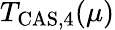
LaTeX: T_{\mathrm{CAS,4}}(\mu)